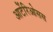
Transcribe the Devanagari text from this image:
आर्टेरिओसस